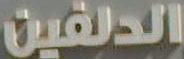
الدلفين